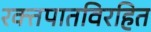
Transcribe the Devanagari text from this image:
रक्तपातविरहित